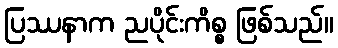
ပြဿနာက ညပိုင်းကိစ္စ ဖြစ်သည်။